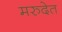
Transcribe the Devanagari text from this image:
मरुदेत